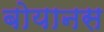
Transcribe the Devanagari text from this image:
बोयानस